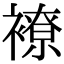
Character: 𧝜